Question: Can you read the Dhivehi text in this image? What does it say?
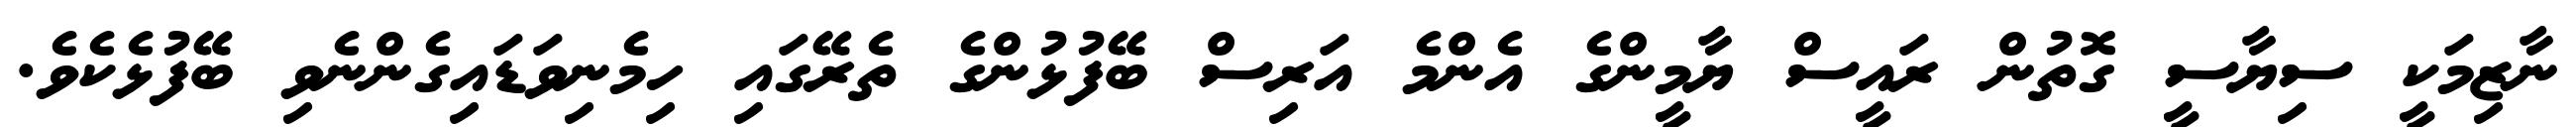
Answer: ނާޒިމަކީ ސިޔާސީ ގޮތުން ރައީސް ޔާމީންގެ އެންމެ އަރިސް ބޭފުޅުންގެ ތެރޭގައި ހިމެނިވަޑައިގެންނެވި ބޭފުޅެކެވެ.